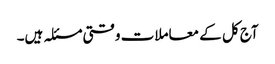
آج کل کے معاملات وقتی مسئلہ ہیں۔